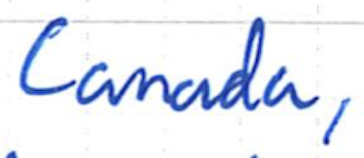
Text: Canada,
Cross-out: clean
Writing tool: ballpoint